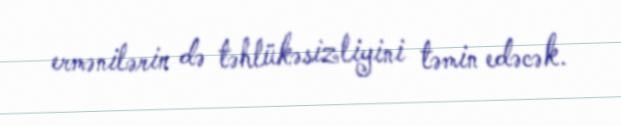
ermənilərin də təhlükəsizliyini təmin edəcək.